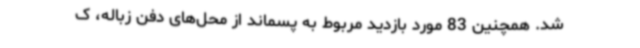
شد. همچنین 83 مورد بازدید مربوط به پسماند از محل‌های دفن زباله، ک